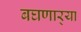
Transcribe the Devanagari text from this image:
बघणार्‍या